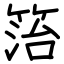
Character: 箈